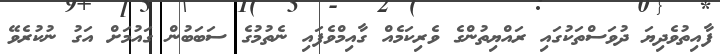
ފާއިތުވެދިޔަ ދުވަސްތަކުގައި ރައްޔިތުންގެ ވެރިކަމެއް ގާއިމްވެފައި ނެތުމުގެ ސަބަބުން ގައުމަށް އަގު ނުކުރެވޭ